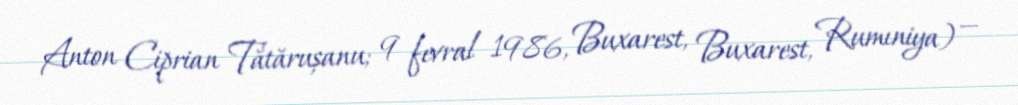
Anton Ciprian Tătărușanu; 9 fevral 1986, Buxarest, Buxarest, Rumıniya) —